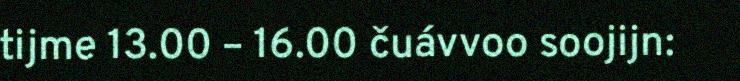
tijme 13.00 – 16.00 čuávvoo soojijn: